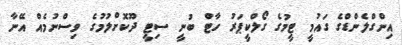
އިންގްލެންޑްގެ ގައުމީ ޓީމުގެ ގޯލްކީޕަރު ހާޓް ބުނީ ސިޓީ ދޫކޮށްލުމުގެ ވިސްނުމެއް އޭނާ